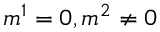
m ^ { 1 } = 0 , m ^ { 2 } \neq 0